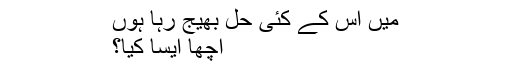
میں اس کے کئی حل بھیج رہا ہوں
اچھا ایسا کیا؟